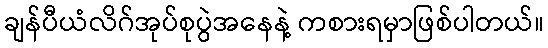
ချန်ပီယံလိဂ်အုပ်စုပွဲအနေနဲ့ ကစားရမှာဖြစ်ပါတယ်။